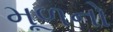
મૂળનો